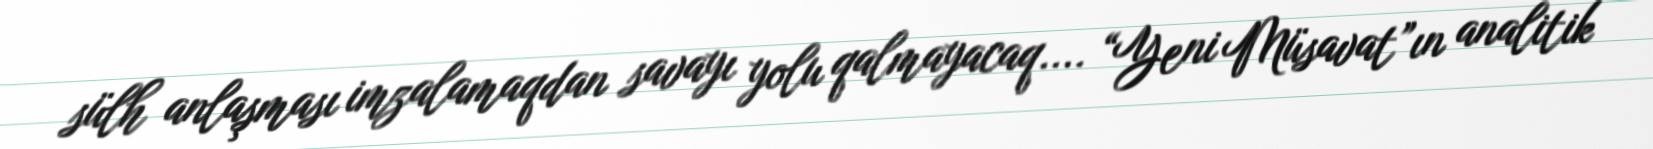
sülh anlaşması imzalamaqdan savayı yolu qalmayacaq.... “Yeni Müsavat”ın analitik